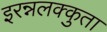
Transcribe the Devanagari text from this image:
इरन्नलक्कुता